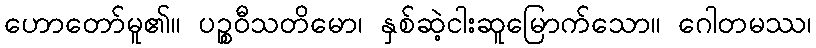
ဟောတော်မူ၏။ ပဉ္စဝီသတိမော၊ နှစ်ဆဲ့ငါးဆူမြောက်သော။ ဂေါတမဿ၊